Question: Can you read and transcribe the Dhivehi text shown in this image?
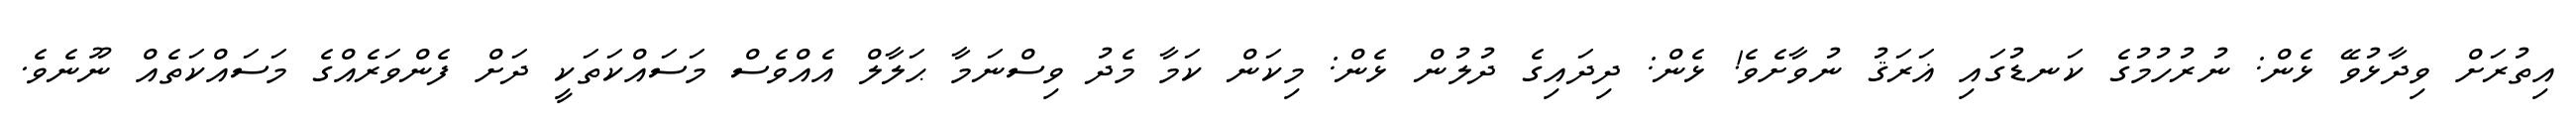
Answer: އިތުރަށް ވިދާޅުވޭ ޅެން: ނުރުހުމުގެ ކަނޑުގައި ޣަރަޤު ނުވާށެވެ! ޅެން: ދިދައިގެ ދުލުން ޅެން: މިކަން ކަމާ މެދު ވިސްނަމާ ޙަލާލް އެއްވެސް މަސައްކަތަކީ ދަށް ފެންވަރެއްގެ މަސައްކަތެއް ނޫނެވެ.